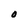
Character: 0